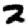
Digit: 2